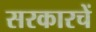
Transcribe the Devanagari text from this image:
सरकारचें